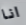
انا